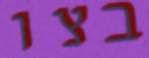
בצו